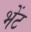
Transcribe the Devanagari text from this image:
भेेंट